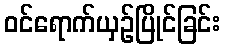
ဝင်ရောက်ယှဉ်ပြိုင်ခြင်း